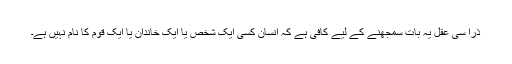
ذرا سی عقل یہ بات سمجھنے کے لیے کافی ہے کہ انسان کسی ایک شخص یا ایک خاندان یا ایک قوم کا نام نہیں ہے۔